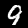
Digit: 9